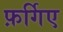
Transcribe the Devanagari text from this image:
फ़र्गिए